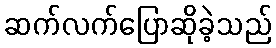
ဆက်လက်ပြောဆိုခဲ့သည်